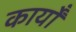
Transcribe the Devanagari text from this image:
कार्योंं